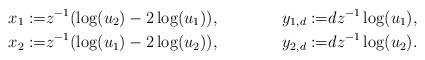
LaTeX: \begin{align*}x_1:=&z^{-1}(\log(u_2)-2\log(u_1)),& y_{1,d}:=&dz^{-1}\log(u_1), \\x_2:=&z^{-1}(\log(u_1)-2\log(u_2)),& y_{2,d}:=&dz^{-1}\log(u_2).\end{align*}